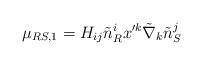
LaTeX: \begin{align*}\mu_{RS,1}=H_{ij}\tilde{n}^i_R x'^k\tilde{\nabla}_k\tilde{n}^j_S\end{align*}